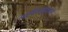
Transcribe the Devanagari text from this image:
आदित्यहृदयम